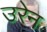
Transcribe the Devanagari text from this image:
उरेन